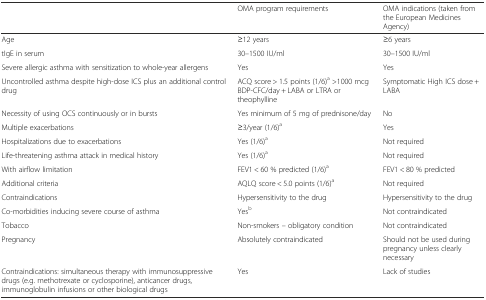
|  | OMA program requirements | OMA indications (taken from the European Medicines Agency) |
 | --- | --- | --- |
 | Age | ≥12 years | ≥6 years |
 | tIgE in serum | 30–1500 IU/ml | 30–1500 IU/ml |
 | Severe allergic asthma with sensitization to whole-year allergens | Yes | Yes |
 | Uncontrolled asthma despite high-dose ICS plus an additional control drug | ACQ score > 1.5 points (1/6)a >1000 mcg BDP-CFC/day + LABA or LTRA or theophylline | Symptomatic High ICS dose + LABA |
 | Necessity of using OCS continuously or in bursts | Yes minimum of 5 mg of prednisone/day | No |
 | Multiple exacerbations | ≥3/year (1/6)a | Yes |
 | Hospitalizations due to exacerbations | Yes (1/6)a | Not required |
 | Life-threatening asthma attack in medical history | Yes (1/6)a | Not required |
 | With airflow limitation | FEV1 < 60 % predicted (1/6)a | FEV1 < 80 % predicted |
 | Additional criteria | AQLQ score < 5.0 points (1/6)a | Not required |
 | Contraindications | Hypersensitivity to the drug | Hypersensitivity to the drug |
 | Co-morbidities inducing severe course of asthma | Yesb | Not contraindicated |
 | Tobacco | Non-smokers – obligatory condition | Not contraindicated |
 | Pregnancy | Absolutely contraindicated | Should not be used during pregnancy unless clearly necessary |
 | Contraindications: simultaneous therapy with immunosuppressive drugs (e.g. methotrexate or cyclosporine), anticancer drugs, immunoglobulin infusions or other biological drugs | Yes | Lack of studies |